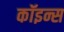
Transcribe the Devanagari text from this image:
कॉइन्स